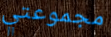
مجموعتي